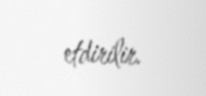
etdirilir.